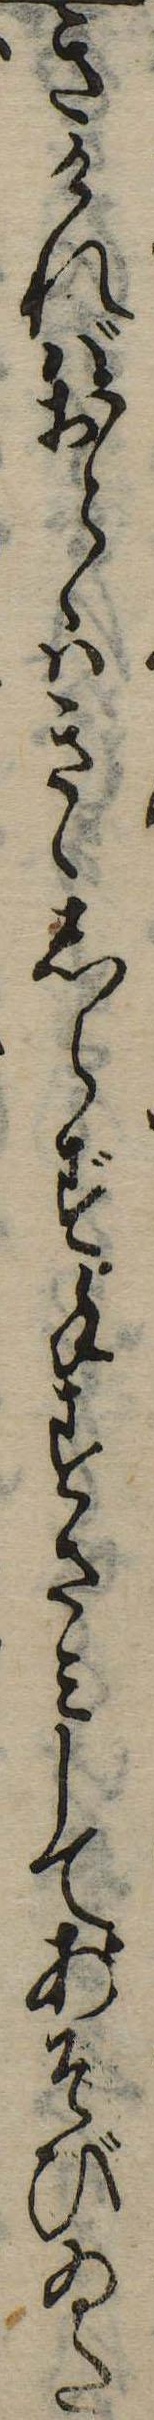
きければおとゝはきゝしらず手すさみしてあそびゐた